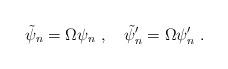
LaTeX: \begin{align*}\tilde{\psi}_n = \Omega \psi_n ~,~~~\tilde{\psi}'_n = \Omega \psi'_n ~.\end{align*}